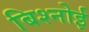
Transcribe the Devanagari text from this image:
बिश्‍नोई